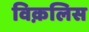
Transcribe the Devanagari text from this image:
विक़लिस